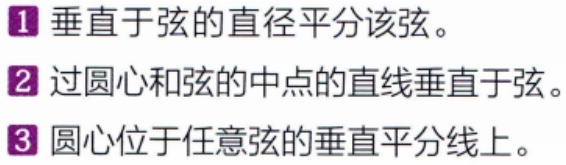
\begin{enumerate}
\item 垂直于弦的直径平分该弦。
\item 过圆心和弦的中点的直线垂直于弦。
\item 圆心位于任意弦的垂直平分线上。
\end{enumerate}